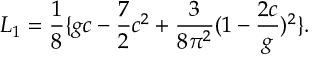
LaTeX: L _ { 1 } = { \frac { 1 } { 8 } } \{ g c - { \frac { 7 } { 2 } } c ^ { 2 } + { \frac { 3 } { 8 \pi ^ { 2 } } } ( 1 - { \frac { 2 c } { g } } ) ^ { 2 } \} .